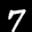
Label: 7